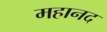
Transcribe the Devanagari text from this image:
महानद